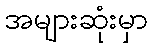
အများဆုံးမှာ